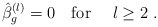
\begin{align*}\hat\beta_g^{(l)} = 0 \quad \mbox{for } \quad l \geq 2 \ .\end{align*}